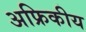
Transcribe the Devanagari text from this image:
अफ्रिकीय